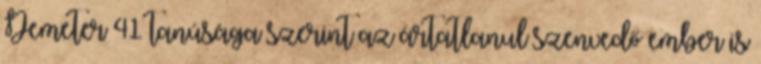
Demeter 41 tanúsága szerint az ártatlanul szenvedő ember is